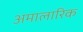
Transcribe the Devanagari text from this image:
अमालारिक